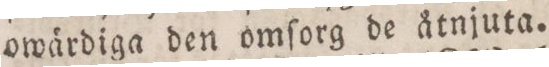
owärdiga den omſorg de åtnjuta.